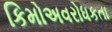
કિમોઅવરોધકતા